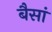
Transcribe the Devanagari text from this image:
बैसां